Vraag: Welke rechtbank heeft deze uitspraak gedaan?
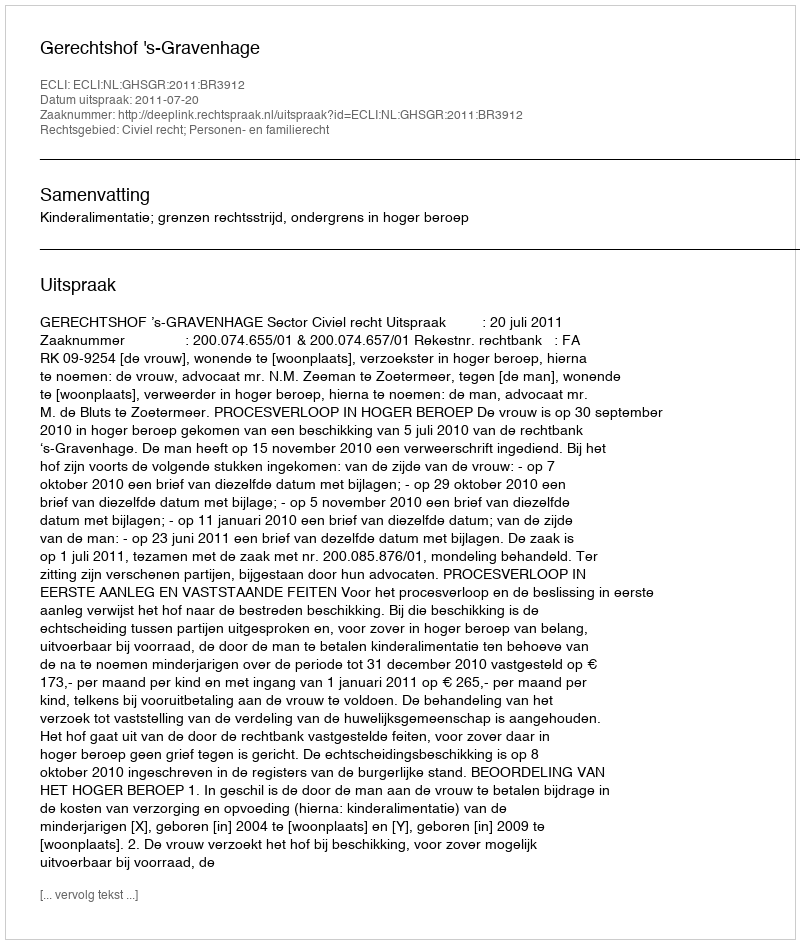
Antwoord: Gerechtshof 's-Gravenhage